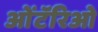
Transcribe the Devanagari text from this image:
ओंटॅरिओ